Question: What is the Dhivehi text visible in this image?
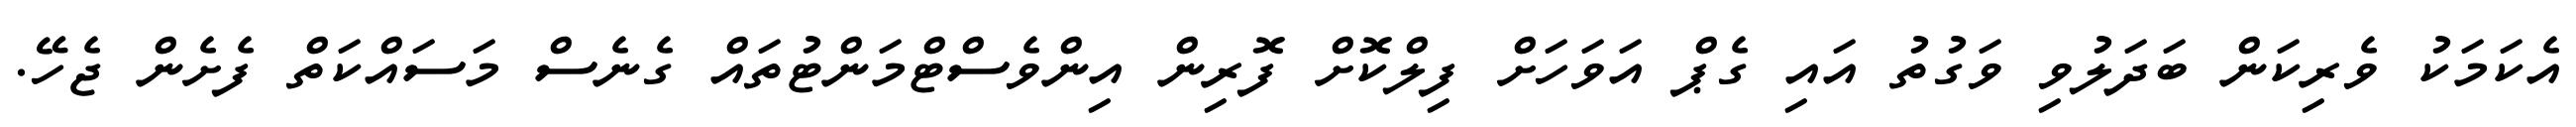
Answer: އެކަމަކު ވެރިކަން ބަދަލުވި ވަގުތު އައި ގެޕް އަވަހަށް ފިލްކޮށް ފޮރިން އިންވެސްޓްމަންޓުތައް ގެނެސް މަސައްކަތް ފެށެން ޖެހޭ.